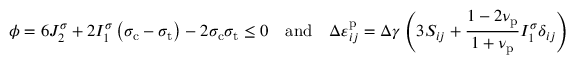
\phi = 6 J _ { 2 } ^ { \sigma } + 2 I _ { 1 } ^ { \sigma } \left( \sigma _ { \mathrm { c } } - \sigma _ { \mathrm { t } } \right) - 2 \sigma _ { \mathrm { c } } \sigma _ { \mathrm { t } } \leq 0 \quad \mathrm { a n d } \quad \Delta \varepsilon _ { i j } ^ { \mathrm { p } } = \Delta \gamma \left( 3 S _ { i j } + \frac { 1 - 2 \nu _ { \mathrm { p } } } { 1 + \nu _ { \mathrm { p } } } I _ { 1 } ^ { \sigma } \delta _ { i j } \right)